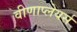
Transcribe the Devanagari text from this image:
वीणाप्लेयर्स